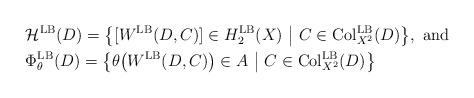
LaTeX: \begin{align*}&\mathcal{H}^{\rm LB}(D)=\big\{[W^{\rm LB}(D, C)] \in H^{\rm LB}_2(X) \ \big| \ C \in {\rm Col}_{X^2}^{\rm LB} (D) \big\},\mbox{ and }\\ &\Phi_{\theta}^{\rm LB}(D)=\big\{\theta\big(W^{\rm LB}(D, C)\big) \in A \ \big| \ C \in {\rm Col}_{X^2}^{\rm LB} (D) \big\}\end{align*}